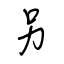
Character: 另